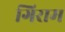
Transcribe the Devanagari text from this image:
गिराम